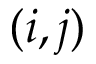
( i , j )